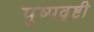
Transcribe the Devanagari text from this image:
पुष्पवृष्टी